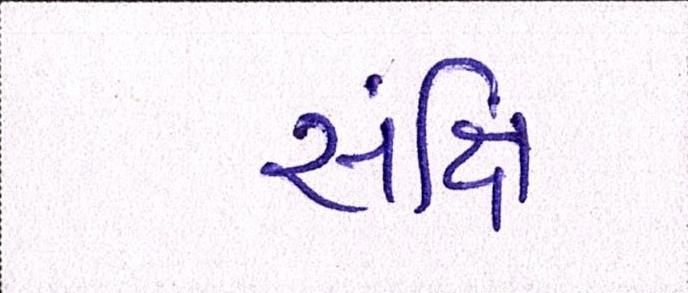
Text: સંક્ષિ